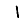
Digit: 1